Report on the bubonic plague in Bombay, 1896-1897
Year: 1896
Disease focus: Plague
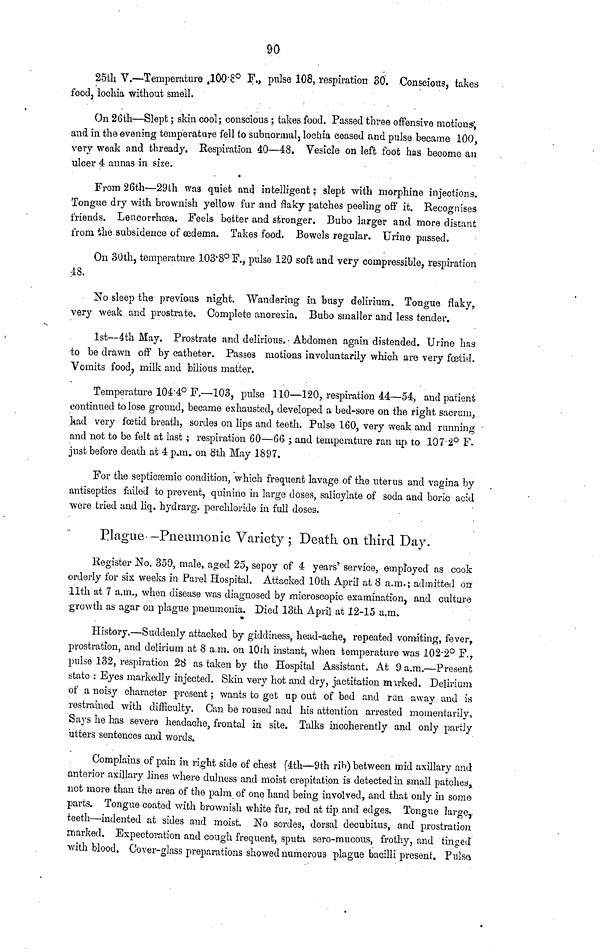
90
25th V.—Temperature 100.8º F., pulse 108, respiration 30. Conscious, takes
food, lochia without smell.
On 26th—Slept ; skin cool; conscious ; takes food, Passed three offensive motions,
and in the evening temperature fell to subnormal, lochia ceased and pulse became 100,
very weak and thready. Respiration 40—48. Vesicle on left foot has become an
ulcer 4 aunas in size.
From 26th—29th was quiet and intelligent : slept with morphine injections.
Tongue dry with brownish yellow fur and flaky patches peeling off it. Recognises
friends. Lencorrhœa. Feels better and stronger. Bubo larger and more distant
from the subsidence of œdema. Takes food. Bowels regular. Urine passed.
On 30th, temperature 103.8°F., pulse 120 soft and very compressible, respiration
48.
No sleep the previous night. Wandering in busy delirium. Tongue flaky,
very weak and prostrate. Complete anorexia. Bubo smaller and less tender.
1st—4th May. Prostrate and delirious. Abdomen again distended. Urine has
to be drawn off by catheter. Passes motions involuntarily which are very fœtid.
Vomits food, milk and bilious matter.
Temperature 104.4° F.—103, pulse 110—120, respiration 44—54, and patient
continued to lose ground, became exhausted, developed a bed-sore on the right sacrum,
had very foetid breath, soreles on lips and teeth. Pulse 160, very weak and running
and not to be felt at last ; respiration 60—66; and temperature ran up to 107.2° F.
just before death at 4 p.m. on 8th May 1897.
For the septiccemic condition, which frequent lavage of the uterus, and vagina by
antiseptics failed to prevent, quinine in large doses, salicylate of soda and boric acid
were tried and liq. hydrarg perchloride in full doses.
Plague—Pneumonic Variety ; Death on third Day.
Register No. 350, male, aged 25, sepoy of 4 years' service, employed as cook
orderly for six weeks in Parel Hospital. Attacked 10th April at 8 a.m.; admitted on
11th at 7 a.m., when disease was diagnosed by microscopic examination, and culture
growth as agar on plague pneumonia. Died 13th April at 12-15 a.m.
History.—Suddenly attacked by giddiness, head-ache, repeated vomiting, fever,
prostration, and delirium at 8 a.m. on 10th instant, when temperature was 102.2° F.,
pulse 132, respiration 28 as taken by the Hospital Assistant. At 9 a.m.—Present
state : Eyes markedly injected. Skin very hot and dry, jactitation marked. Delirium
of a noisy character present ; wants to get up out of bed and ran away and is
restrained with difficulty. Can be roused and his attention arrested momentarily,
Says he has severe headache, frontal in site. Talks incoherently and only partly
utters sentences and words.
Complains of pain in right side of chest (4th—9th rib) between mid axillary and
anterior axillary lines where dulness and moist crepitation is detected in small patches,
not more than the area of the palm of one hand being involved, and that only in some
parts. Tongue coated with brownish white fur, red at tip and edges. Tongue large,
teeth—indented at sides and moist. No sordes, dorsal decubilus, and prostration
marked. Expectoration and cough frequent, sputa sero-mucous, frothy, and tinged
with blood. Cover-glass preparations showed numerous plague bacilli present. Pulsa